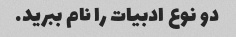
دو نوع ادبیات را نام ببرید.